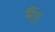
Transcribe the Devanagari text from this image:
भैंड़